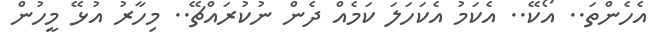
އެހެންތަ.. އޯކޭ.. އެކަމު އެކަހަލަ ކަމެއް ދެން ނުކުރައްޗޭ.. މިހާރު އުޅޭ މީހުން